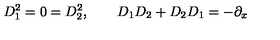
D _ { 1 } ^ { 2 } = 0 = D _ { 2 } ^ { 2 } , \qquad D _ { 1 } D _ { 2 } + D _ { 2 } D _ { 1 } = - \partial _ { x }